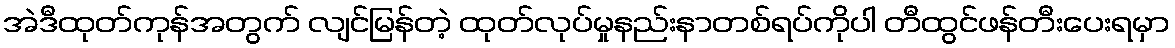
အဲဒီထုတ်ကုန်အတွက် လျင်မြန်တဲ့ ထုတ်လုပ်မှုနည်းနာတစ်ရပ်ကိုပါ တီထွင်ဖန်တီးပေးရမှာ